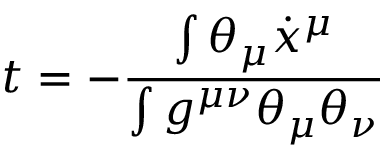
t = - \frac { \int \theta _ { \mu } \dot { x } ^ { \mu } } { \int g ^ { \mu \nu } \theta _ { \mu } \theta _ { \nu } }